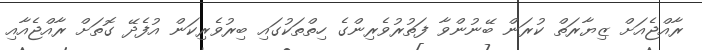
ރާއްޖެއަށް ޒިޔާރަތް ކުރަން ބޭނުންވާ ފަތުރުވެރިންގެ ހިތްތަކުގައި ބިރުވެރިކަން އުފެދޭ ގޮތަށް ރާއްޖެއާއި